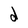
Character: d